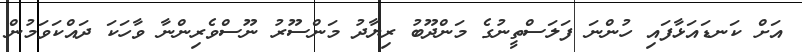
އަށް ކަނޑައަޅާފައި ހުންނަ ފަލަސްތީނުގެ މަންދޫބު ރިޔާދު މަންސޫރު ނޫސްވެރިންނާ ވާހަކަ ދައްކަވަމުން